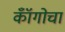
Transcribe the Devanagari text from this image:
कॉँगोचा